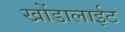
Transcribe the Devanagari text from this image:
खोंडालाईट